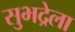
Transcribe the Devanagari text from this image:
सुभद्रेला